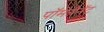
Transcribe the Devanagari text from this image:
पॉमेग्रैनॅट